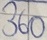
Text: 360